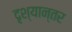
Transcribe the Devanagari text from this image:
दृश्यान्तर